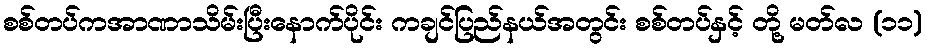
စစ်တပ်ကအာဏာသိမ်းပြီးနောက်ပိုင်း ကချင်ပြည်နယ်အတွင်း စစ်တပ်နှင့် တို့ မတ်လ (၁၁)